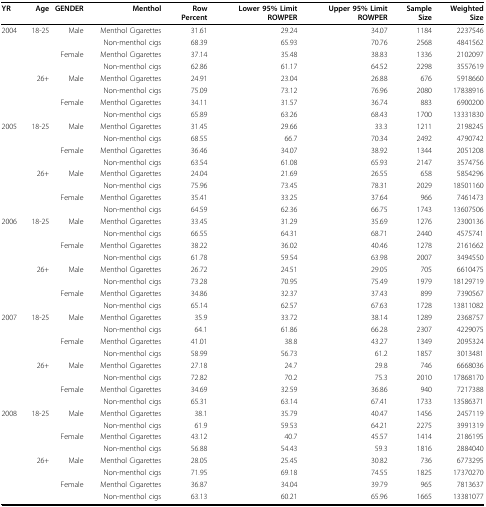
<table><thead><tr><td><b>YR</b></td><td><b>Age</b></td><td><b>GENDER</b></td><td><b>Menthol</b></td><td><b>Row Percent</b></td><td><b>Lower 95% Limit ROWPER</b></td><td><b>Upper 95% Limit ROWPER</b></td><td><b>Sample Size</b></td><td><b>Weighted Size</b></td></tr></thead><tbody><tr><td>2004</td><td>18-25</td><td>Male</td><td>Menthol Cigarettes</td><td>31.61</td><td>29.24</td><td>34.07</td><td>1184</td><td>2237546</td></tr><tr><td>[EMPTY_CELL]</td><td>[EMPTY_CELL]</td><td>[EMPTY_CELL]</td><td>Non-menthol cigs</td><td>68.39</td><td>65.93</td><td>70.76</td><td>2568</td><td>4841562</td></tr><tr><td>[EMPTY_CELL]</td><td>[EMPTY_CELL]</td><td>Female</td><td>Menthol Cigarettes</td><td>37.14</td><td>35.48</td><td>38.83</td><td>1336</td><td>2102097</td></tr><tr><td>[EMPTY_CELL]</td><td>[EMPTY_CELL]</td><td>[EMPTY_CELL]</td><td>Non-menthol cigs</td><td>62.86</td><td>61.17</td><td>64.52</td><td>2298</td><td>3557619</td></tr><tr><td>[EMPTY_CELL]</td><td>26+</td><td>Male</td><td>Menthol Cigarettes</td><td>24.91</td><td>23.04</td><td>26.88</td><td>676</td><td>5918660</td></tr><tr><td>[EMPTY_CELL]</td><td>[EMPTY_CELL]</td><td>[EMPTY_CELL]</td><td>Non-menthol cigs</td><td>75.09</td><td>73.12</td><td>76.96</td><td>2080</td><td>17838916</td></tr><tr><td>[EMPTY_CELL]</td><td>[EMPTY_CELL]</td><td>Female</td><td>Menthol Cigarettes</td><td>34.11</td><td>31.57</td><td>36.74</td><td>883</td><td>6900200</td></tr><tr><td>[EMPTY_CELL]</td><td>[EMPTY_CELL]</td><td>[EMPTY_CELL]</td><td>Non-menthol cigs</td><td>65.89</td><td>63.26</td><td>68.43</td><td>1700</td><td>13331830</td></tr><tr><td>2005</td><td>18-25</td><td>Male</td><td>Menthol Cigarettes</td><td>31.45</td><td>29.66</td><td>33.3</td><td>1211</td><td>2198245</td></tr><tr><td>[EMPTY_CELL]</td><td>[EMPTY_CELL]</td><td>[EMPTY_CELL]</td><td>Non-menthol cigs</td><td>68.55</td><td>66.7</td><td>70.34</td><td>2492</td><td>4790742</td></tr><tr><td>[EMPTY_CELL]</td><td>[EMPTY_CELL]</td><td>Female</td><td>Menthol Cigarettes</td><td>36.46</td><td>34.07</td><td>38.92</td><td>1344</td><td>2051208</td></tr><tr><td>[EMPTY_CELL]</td><td>[EMPTY_CELL]</td><td>[EMPTY_CELL]</td><td>Non-menthol cigs</td><td>63.54</td><td>61.08</td><td>65.93</td><td>2147</td><td>3574756</td></tr><tr><td>[EMPTY_CELL]</td><td>26+</td><td>Male</td><td>Menthol Cigarettes</td><td>24.04</td><td>21.69</td><td>26.55</td><td>658</td><td>5854296</td></tr><tr><td>[EMPTY_CELL]</td><td>[EMPTY_CELL]</td><td>[EMPTY_CELL]</td><td>Non-menthol cigs</td><td>75.96</td><td>73.45</td><td>78.31</td><td>2029</td><td>18501160</td></tr><tr><td>[EMPTY_CELL]</td><td>[EMPTY_CELL]</td><td>Female</td><td>Menthol Cigarettes</td><td>35.41</td><td>33.25</td><td>37.64</td><td>966</td><td>7461473</td></tr><tr><td>[EMPTY_CELL]</td><td>[EMPTY_CELL]</td><td>[EMPTY_CELL]</td><td>Non-menthol cigs</td><td>64.59</td><td>62.36</td><td>66.75</td><td>1743</td><td>13607506</td></tr><tr><td>2006</td><td>18-25</td><td>Male</td><td>Menthol Cigarettes</td><td>33.45</td><td>31.29</td><td>35.69</td><td>1276</td><td>2300136</td></tr><tr><td>[EMPTY_CELL]</td><td>[EMPTY_CELL]</td><td>[EMPTY_CELL]</td><td>Non-menthol cigs</td><td>66.55</td><td>64.31</td><td>68.71</td><td>2440</td><td>4575741</td></tr><tr><td>[EMPTY_CELL]</td><td>[EMPTY_CELL]</td><td>Female</td><td>Menthol Cigarettes</td><td>38.22</td><td>36.02</td><td>40.46</td><td>1278</td><td>2161662</td></tr><tr><td>[EMPTY_CELL]</td><td>[EMPTY_CELL]</td><td>[EMPTY_CELL]</td><td>Non-menthol cigs</td><td>61.78</td><td>59.54</td><td>63.98</td><td>2007</td><td>3494550</td></tr><tr><td>[EMPTY_CELL]</td><td>26+</td><td>Male</td><td>Menthol Cigarettes</td><td>26.72</td><td>24.51</td><td>29.05</td><td>705</td><td>6610475</td></tr><tr><td>[EMPTY_CELL]</td><td>[EMPTY_CELL]</td><td>[EMPTY_CELL]</td><td>Non-menthol cigs</td><td>73.28</td><td>70.95</td><td>75.49</td><td>1979</td><td>18129719</td></tr><tr><td>[EMPTY_CELL]</td><td>[EMPTY_CELL]</td><td>Female</td><td>Menthol Cigarettes</td><td>34.86</td><td>32.37</td><td>37.43</td><td>899</td><td>7390567</td></tr><tr><td>[EMPTY_CELL]</td><td>[EMPTY_CELL]</td><td>[EMPTY_CELL]</td><td>Non-menthol cigs</td><td>65.14</td><td>62.57</td><td>67.63</td><td>1728</td><td>13811082</td></tr><tr><td>2007</td><td>18-25</td><td>Male</td><td>Menthol Cigarettes</td><td>35.9</td><td>33.72</td><td>38.14</td><td>1289</td><td>2368757</td></tr><tr><td>[EMPTY_CELL]</td><td>[EMPTY_CELL]</td><td>[EMPTY_CELL]</td><td>Non-menthol cigs</td><td>64.1</td><td>61.86</td><td>66.28</td><td>2307</td><td>4229075</td></tr><tr><td>[EMPTY_CELL]</td><td>[EMPTY_CELL]</td><td>Female</td><td>Menthol Cigarettes</td><td>41.01</td><td>38.8</td><td>43.27</td><td>1349</td><td>2095324</td></tr><tr><td>[EMPTY_CELL]</td><td>[EMPTY_CELL]</td><td>[EMPTY_CELL]</td><td>Non-menthol cigs</td><td>58.99</td><td>56.73</td><td>61.2</td><td>1857</td><td>3013481</td></tr><tr><td>[EMPTY_CELL]</td><td>26+</td><td>Male</td><td>Menthol Cigarettes</td><td>27.18</td><td>24.7</td><td>29.8</td><td>746</td><td>6668036</td></tr><tr><td>[EMPTY_CELL]</td><td>[EMPTY_CELL]</td><td>[EMPTY_CELL]</td><td>Non-menthol cigs</td><td>72.82</td><td>70.2</td><td>75.3</td><td>2010</td><td>17868170</td></tr><tr><td>[EMPTY_CELL]</td><td>[EMPTY_CELL]</td><td>Female</td><td>Menthol Cigarettes</td><td>34.69</td><td>32.59</td><td>36.86</td><td>940</td><td>7217388</td></tr><tr><td>[EMPTY_CELL]</td><td>[EMPTY_CELL]</td><td>[EMPTY_CELL]</td><td>Non-menthol cigs</td><td>65.31</td><td>63.14</td><td>67.41</td><td>1733</td><td>13586371</td></tr><tr><td>2008</td><td>18-25</td><td>Male</td><td>Menthol Cigarettes</td><td>38.1</td><td>35.79</td><td>40.47</td><td>1456</td><td>2457119</td></tr><tr><td>[EMPTY_CELL]</td><td>[EMPTY_CELL]</td><td>[EMPTY_CELL]</td><td>Non-menthol cigs</td><td>61.9</td><td>59.53</td><td>64.21</td><td>2275</td><td>3991319</td></tr><tr><td>[EMPTY_CELL]</td><td>[EMPTY_CELL]</td><td>Female</td><td>Menthol Cigarettes</td><td>43.12</td><td>40.7</td><td>45.57</td><td>1414</td><td>2186195</td></tr><tr><td>[EMPTY_CELL]</td><td>[EMPTY_CELL]</td><td>[EMPTY_CELL]</td><td>Non-menthol cigs</td><td>56.88</td><td>54.43</td><td>59.3</td><td>1816</td><td>2884040</td></tr><tr><td>[EMPTY_CELL]</td><td>26+</td><td>Male</td><td>Menthol Cigarettes</td><td>28.05</td><td>25.45</td><td>30.82</td><td>736</td><td>6773295</td></tr><tr><td>[EMPTY_CELL]</td><td>[EMPTY_CELL]</td><td>[EMPTY_CELL]</td><td>Non-menthol cigs</td><td>71.95</td><td>69.18</td><td>74.55</td><td>1825</td><td>17370270</td></tr><tr><td>[EMPTY_CELL]</td><td>[EMPTY_CELL]</td><td>Female</td><td>Menthol Cigarettes</td><td>36.87</td><td>34.04</td><td>39.79</td><td>965</td><td>7813637</td></tr><tr><td>[EMPTY_CELL]</td><td>[EMPTY_CELL]</td><td>[EMPTY_CELL]</td><td>Non-menthol cigs</td><td>63.13</td><td>60.21</td><td>65.96</td><td>1665</td><td>13381077</td></tr></tbody></table>